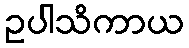
ဥပါသိကာယ